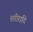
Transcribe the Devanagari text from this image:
शरीरादि